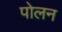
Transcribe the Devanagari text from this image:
पोलन